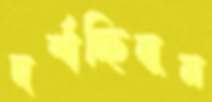
দর্শাচ্ছিলুম